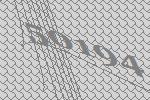
50194